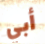
أبي